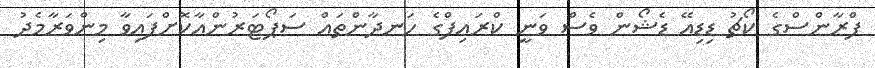
ފްރާންސްގެ ކޯޗު ޑިޑިއޭ ޑެޝޯން ވެސް ވަނީ ކްރައިފްގެ ހަނދާންތައް ސަޕޯޓަރުންއާކޮށްފައިވާ މިންވަރާމެދު